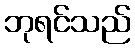
ဘုရင်သည်